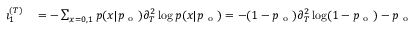
\begin{array} { r l } { \i _ { 1 } ^ { ( T ) } } & { { } = - \sum _ { x = 0 , 1 } p ( x | p _ { \mathrm { ~ o ~ } } ) \partial _ { T } ^ { 2 } \log p ( x | p _ { \mathrm { ~ o ~ } } ) = - ( 1 - p _ { \mathrm { ~ o ~ } } ) \partial _ { T } ^ { 2 } \log ( 1 - p _ { \mathrm { ~ o ~ } } ) - p _ { \mathrm { ~ o ~ } } \partial _ { T } ^ { 2 } \log p _ { \mathrm { ~ o ~ } } = } \end{array}